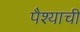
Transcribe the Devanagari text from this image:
पैश्याची